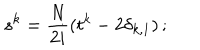
LaTeX: s ^ { k } = \frac { N } { 2 i } ( t ^ { k } - 2 \delta _ { k , 1 } ) \, ;